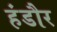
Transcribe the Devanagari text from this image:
हंडौर